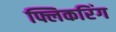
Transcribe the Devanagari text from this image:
फ्लिकरिंग